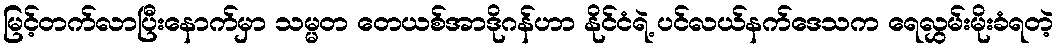
မြင့်တက်လာပြီးနောက်မှာ သမ္မတ တေယစ်အာဒိုဂန်ဟာ နိုင်ငံရဲ့ ပင်လယ်နက်ဒေသက ရေလွှမ်းမိုးခံရတဲ့